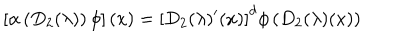
\left[ \alpha \left( D _ { 2 } ( \lambda ) \right) \phi \right] ( x ) = \left[ D _ { 2 } ( \lambda ) ^ { \prime } ( x ) \right] ^ { d } \phi \left( D _ { 2 } ( \lambda ) ( x ) \right)